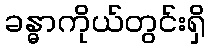
ခန္ဓာကိုယ်တွင်းရှိ